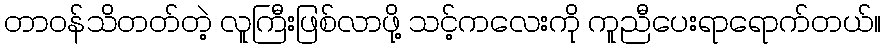
တာဝန်သိတတ်တဲ့ လူကြီးဖြစ်လာဖို့ သင့်ကလေးကို ကူညီပေးရာရောက်တယ်။